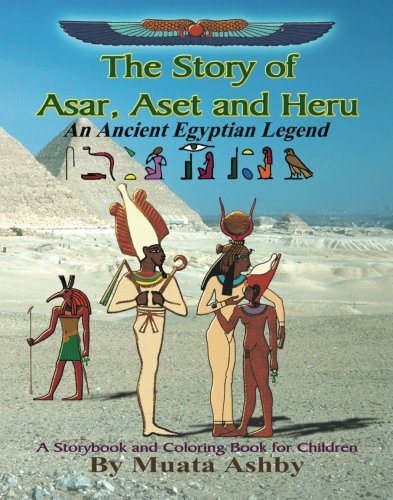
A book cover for The Story of Asar, Aset and Heru: An Ancient Egyptian Legend--A Storybook and Coloring Book for Children; Muata Ashby; Children's Books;